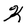
Character: K